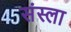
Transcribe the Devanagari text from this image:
संस्ला